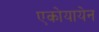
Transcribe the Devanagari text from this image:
एकोयायेन